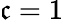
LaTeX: \mathfrak{c}=1